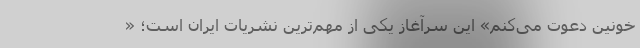
خونین دعوت می‌کنم» این سرآغاز یکی از مهم‌ترین نشریات ایران است؛ «